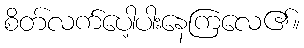
စိတ်လက်ပေါ့ပါးနေကြလေ၏။